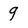
Character: 9